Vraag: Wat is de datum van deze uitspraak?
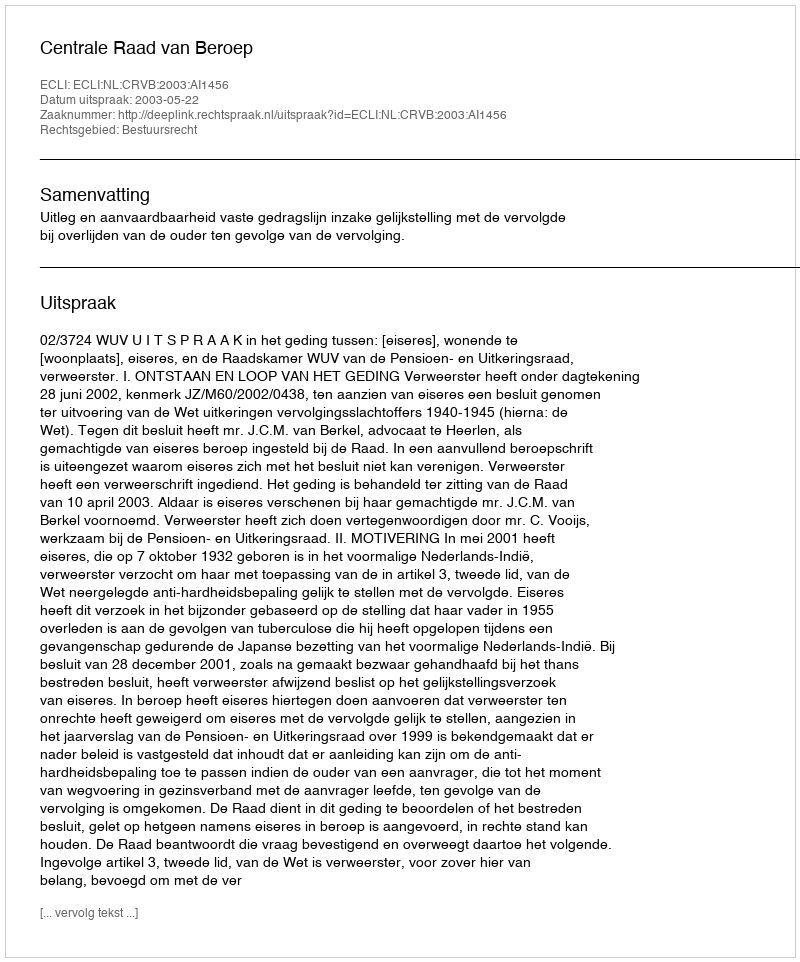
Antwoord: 2003-05-22